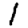
Digit: 1